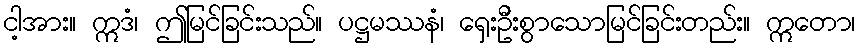
ငါ့အား။ ဣဒံ၊ ဤမြင်ခြင်းသည်။ ပဋ္ဌမဿနံ၊ ရှေးဦးစွာသောမြင်ခြင်းတည်း။ ဣတော၊